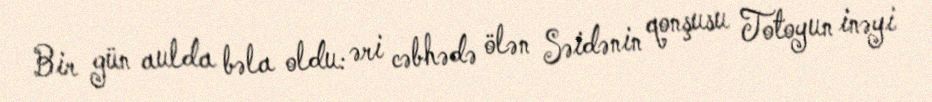
Bir gün aulda bəla oldu: əri cəbhədə ölən Səidənin qonşusu Totoyun inəyi